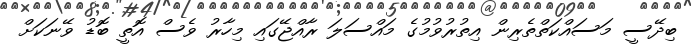
ބިދޭސީ މަސައްކަތްތެރިން އިތުރުވުމުގެ މައްސަލަ ރާއްޖޭގައި މިހާރު ވެސް އޮތީ ބޮޑު ވޭނަކަށް